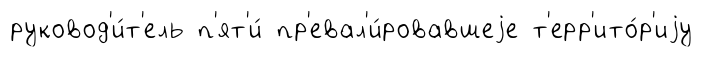
руковод'и́т'ель п'ят'и́ пр'евал'и́ровавшеjе т'ерр'ито́р'иjу